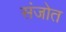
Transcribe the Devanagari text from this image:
संजोत